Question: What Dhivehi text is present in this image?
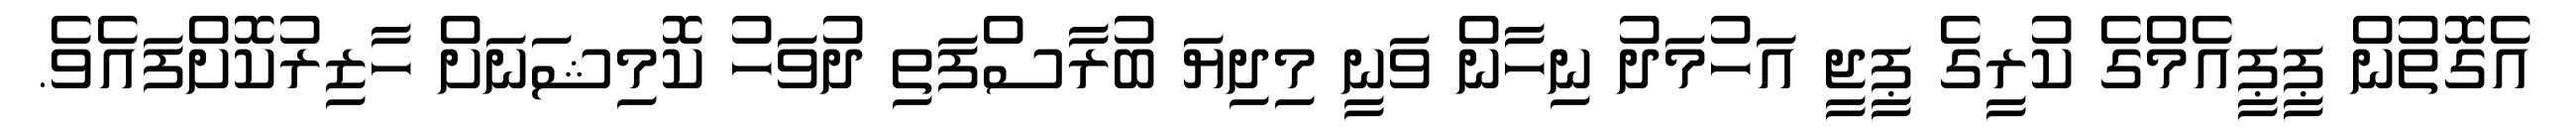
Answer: އެގޮތުން ޕީޕީއެމްގެ ކުރީގެ ޕީޖީ އަހުމަދު ނިހާން ވަނީ މިދިޔަ ބުރާސްފަތި ދުވަހު ކޮމިޝަނަށް ހާޒިރުކޮށްފައެވެ.